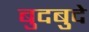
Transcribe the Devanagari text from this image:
बुदबुदे